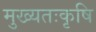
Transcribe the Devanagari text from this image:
मुख्यतःकृषि